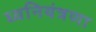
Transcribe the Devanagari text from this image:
ध्वनियंत्रणा